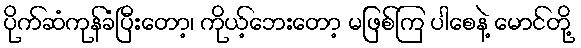
ပိုက်ဆံကုန်ခံပြီးတော့၊ ကိုယ့်ဘေးတော့ မဖြစ်ကြ ပါစေနဲ့ မောင်တို့